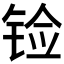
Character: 𲈀